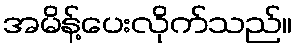
အမိန့်ပေးလိုက်သည်။